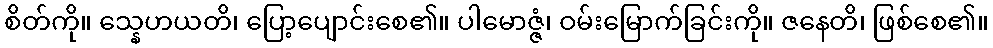
စိတ်ကို။ သ္နေဟယတိ၊ ပြော့ပျောင်းစေ၏။ ပါမောဇ္ဇံ၊ ဝမ်းမြောက်ခြင်းကို။ ဇနေတိ၊ ဖြစ်စေ၏။